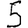
Digit: 5